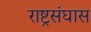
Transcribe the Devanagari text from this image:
राष्ट्रसंघास